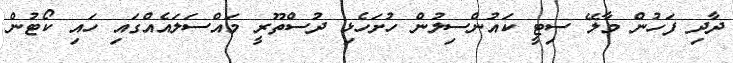
ދާދި ފަހުން މާލޭ ސިޓީ ކައުންސިލުން ހުށަހެޅި ދުސްތޫރީ މައްސަލައެއްގައި ހައި ކޯޓުން